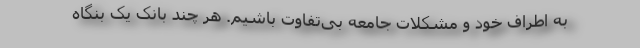
به اطراف خود و مشکلات جامعه بی‌تفاوت باشیم. هر چند بانک یک بنگاه